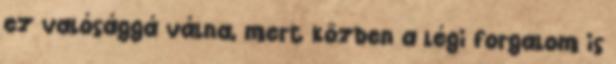
ez valósággá válna, mert közben a légi forgalom is